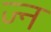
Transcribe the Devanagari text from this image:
ज्न